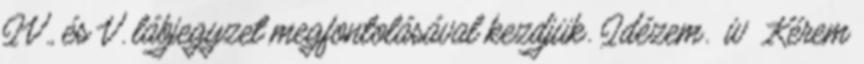
IV., és V. lábjegyzet megfontolásával kezdjük. Idézem. iv Kérem